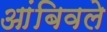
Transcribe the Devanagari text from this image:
आंबिवले